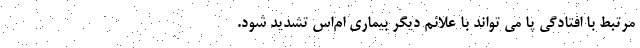
مرتبط با افتادگی پا می تواند با علائم دیگر بیماری ام‌اس تشدید شود.